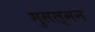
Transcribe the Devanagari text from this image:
मुसल्मन